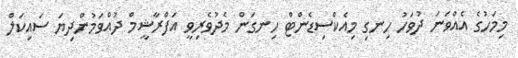
މިމަހުގެ އެއްވަނަ ދުވަހު ހިނގި މިއެކްސިޑެންޓް ހިނގަން މެދުވެރިވީ އަފްރާޝީމް ދުއްވަމުންދިޔަ ސައިކަލް